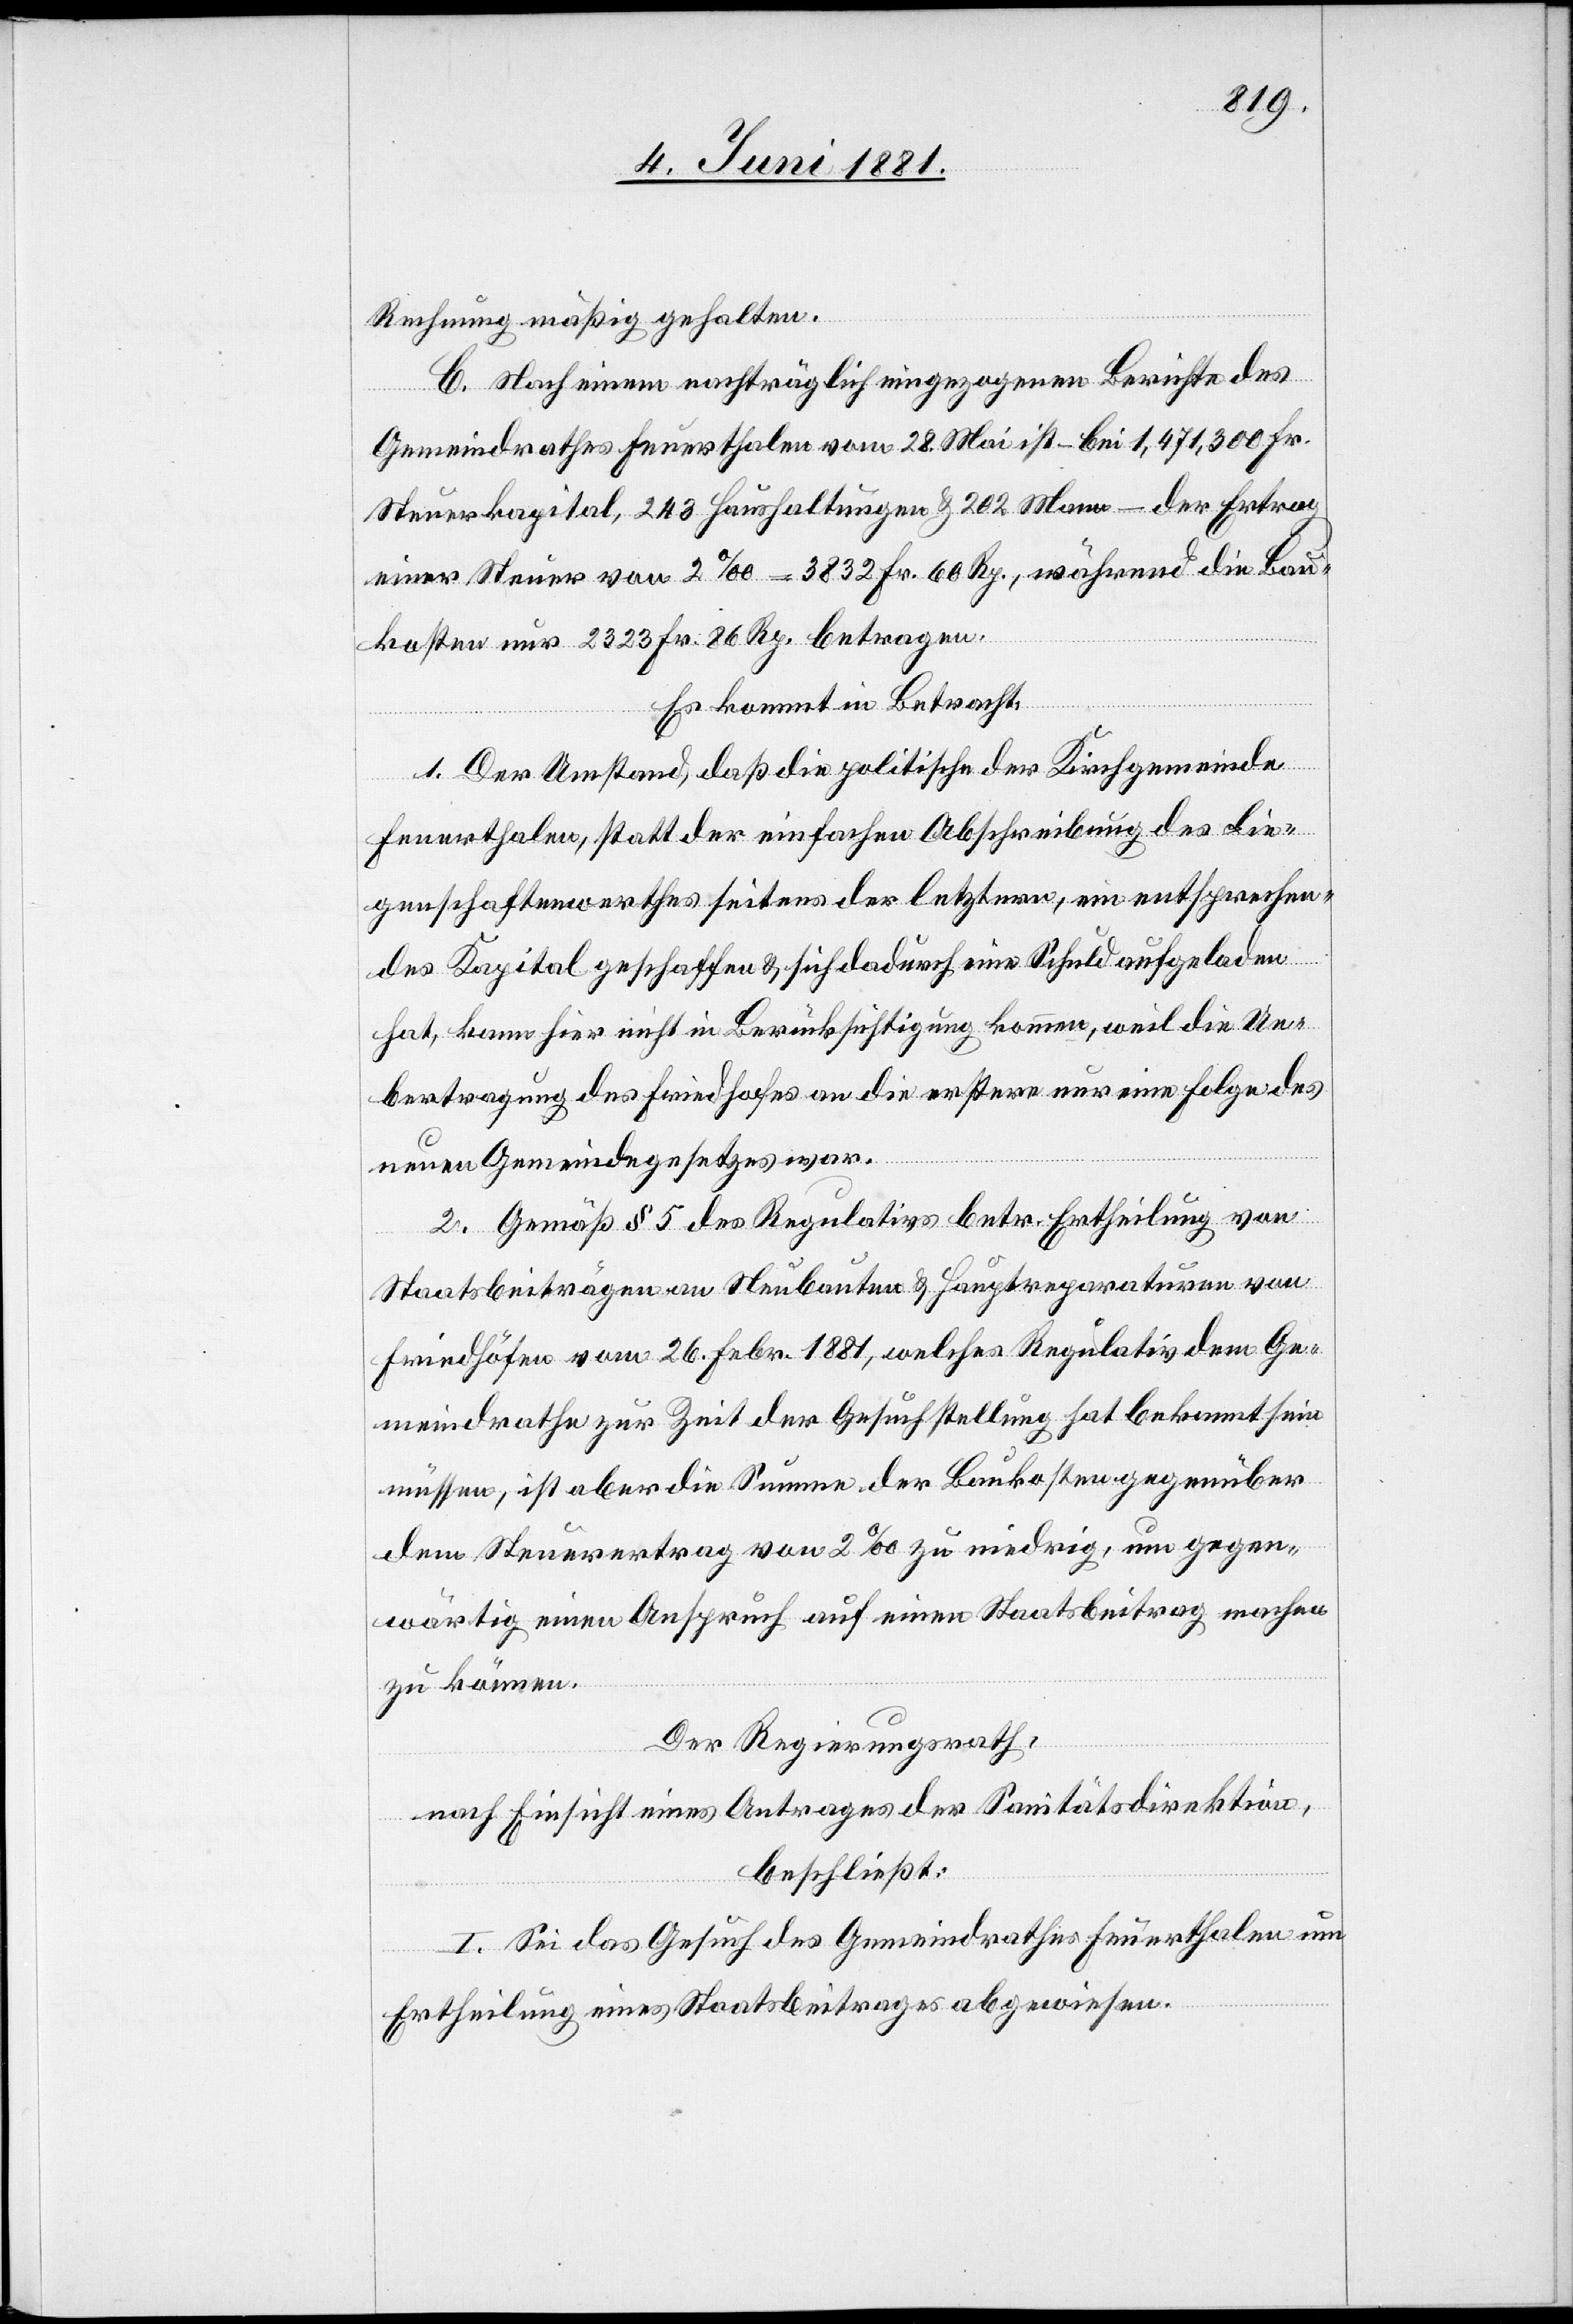
Rechnung mäßig gehalten.
C. Nach einem nachträglich eingezogenen Berichte des
Gemeindrathes Feuerthalen vom 28. Mai ist – bei 1,471,300 Fr.
Steuerkapital, 242 Haushaltungen & 202 Mann – der Ertrag
einer Steuer von 2‰ – 3832 Fr. 60 Rp., während die Bau¬
kosten nur 2323 Fr. 86 Rp. betragen.
Es kommt in Betracht:
1. Der Umstand, daß die politischen der Kirchgemeinde
Feuerthalen, statt der einfachen Abschreibung des Lie¬
genschaftenwerthes seitens der letztern, ein entsprechen¬
des Kapital geschaffen & sich dadurch eine Schuld aufgeladen
hat, kann hier nicht in Berücksichtigung kommen, weil die Ue¬
bertragung des Friedhofes an die erstere nur eine Folge des
neuen Gemeindegesetzes war.
2. Gemäß § 5 des Regulativs betr. Ertheilung von
Staatsbeiträgen an Neubauten & Hauptreparaturen von
Friedhöfen vom 26. Febr. 1881, welches Regulativ dem Ge¬
meindrathe zur Zeit der Gesuchstellung hat bekannt sein
müssen, ist aber die Summe der Baukosten gegenüber
dem Steuerertrag von 2‰ zu niedrig, um gegen¬
wärtig einen Anspruch auf einen Staatsbeitrag machen
zu können.
Der Regierungsrath,
nach Einsicht eines Antrages der Sanitätsdirektion,
beschließt:
I. Sei das Gesuch des Gemeindrathes Feuerthalen um
Ertheilung eines Staatsbeitrages abgewiesen.